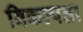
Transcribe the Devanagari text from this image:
विकल्पता